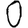
Digit: 0